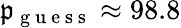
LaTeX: \mathfrak{p}_{\mathrm{{~g~u~e~s~s~}}}\approx98.8